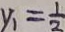
y _ { 1 } = \frac { 1 } { 2 }